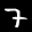
Label: 7